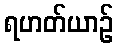
ရဟတ်ယာဉ်